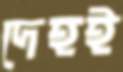
দেহই